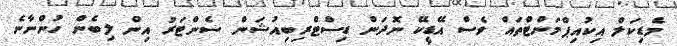
މެޑިކަލް އިކުއިޕްމަންޓްތައް ވެސް އޭޑީކޭ ނޮދަން ޑިސްޓްރިބިއުޝަން ސެންޓަރު އިން ލިބެން ހުންނާނެ